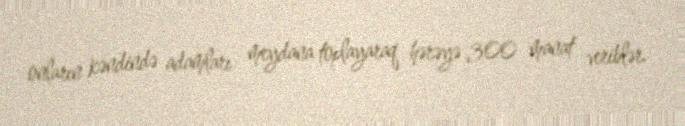
onların kəndində adamları meydana toplayaraq hərəyə 300 manat veriblər.